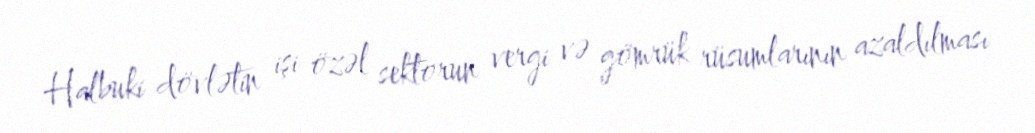
Halbuki dövlətin işi özəl sektorun vergi və gömrük rüsumlarının azaldılması